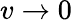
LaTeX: v\to 0